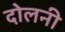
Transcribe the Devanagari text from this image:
दोलनी